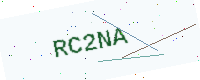
Text: RC2NA